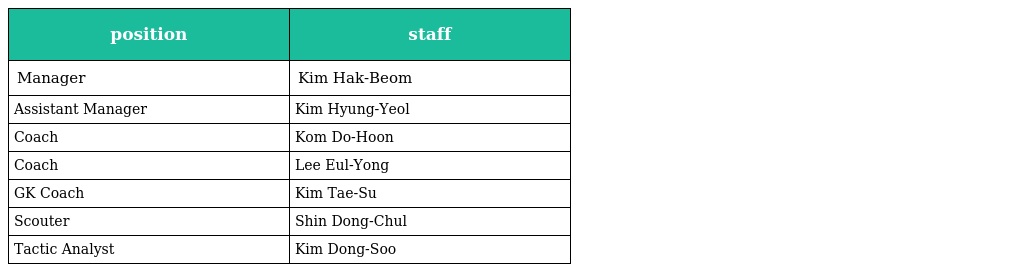
| position | staff |
 | --- | --- |
 | Manager | Kim Hak-Beom |
 | Assistant Manager | Kim Hyung-Yeol |
 | Coach | Kom Do-Hoon |
 | Coach | Lee Eul-Yong |
 | GK Coach | Kim Tae-Su |
 | Scouter | Shin Dong-Chul |
 | Tactic Analyst | Kim Dong-Soo |